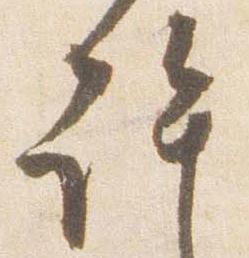
許